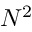
N ^ { 2 }